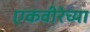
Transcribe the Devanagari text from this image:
एकवीरेच्या